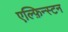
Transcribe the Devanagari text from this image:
एल्फ़िन्स्टन